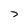
Character: 7